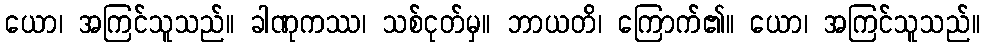
ယော၊ အကြင်သူသည်။ ခါဏုကဿ၊ သစ်ငုတ်မှ။ ဘာယတိ၊ ကြောက်၏။ ယော၊ အကြင်သူသည်။